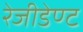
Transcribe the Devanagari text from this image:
रेजीडेण्ट